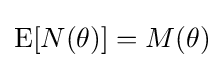
{\textstyle \operatorname {E} [N(\theta )]=M(\theta )}